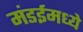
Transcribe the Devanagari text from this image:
मंडईमध्ये